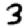
Digit: 3